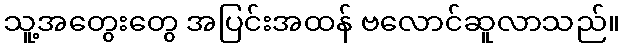
သူ့အတွေးတွေ အပြင်းအထန် ဗလောင်ဆူလာသည်။